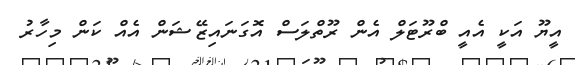
އީޔޫ އަކީ އެއީ ބްރޫޓަލް އެން ރޫތްލަސް އޮގަނައިޒޭޝަން އެއް ކަން މިހާރު